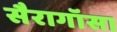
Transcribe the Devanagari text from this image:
सैरागॉसा